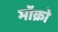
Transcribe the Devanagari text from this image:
मॉक्रो